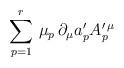
LaTeX: \begin{align*}\sum_{p=1}^r\, \mu_p\, \partial_{\mu} a'_p A^{\prime\, \mu}_p\end{align*}